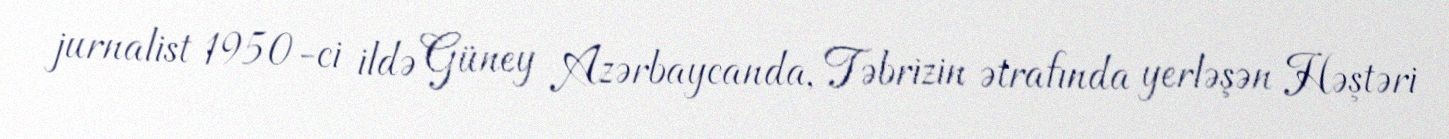
jurnalist 1950-ci ildə Güney Azərbaycanda, Təbrizin ətrafında yerləşən Həştəri